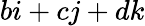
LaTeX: bi+cj+dk